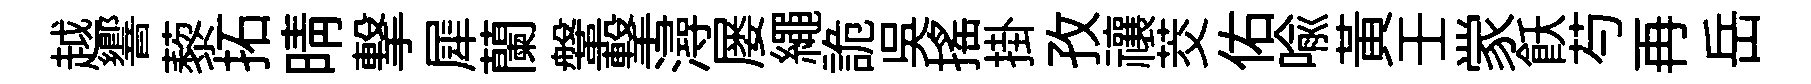
越響藜拓晴撃犀蘭鞶撃潯屡繩詭吴摇掛孜禳茭佑喻黄壬䝉飫芍再岳